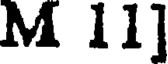
M 11]